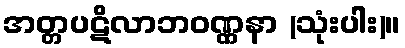
အတ္တပဋိလာဘဝဏ္ဏနာ (သုံးပါး)။